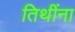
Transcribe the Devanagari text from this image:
तिथींना